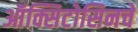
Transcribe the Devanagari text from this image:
ऑक्सिटोसिनचे